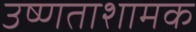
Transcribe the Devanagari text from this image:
उष्णताशामक